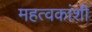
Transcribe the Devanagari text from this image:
महत्वकांशी